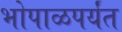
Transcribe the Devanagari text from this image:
भोपाळपर्यंत